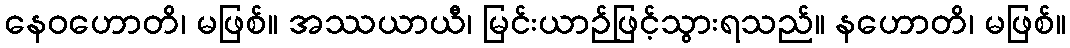
နေဝဟောတိ၊ မဖြစ်။ အဿယာယီ၊ မြင်းယာဉ်ဖြင့်သွားရသည်။ နဟောတိ၊ မဖြစ်။